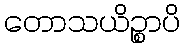
တောသယိဉ္စာပိ